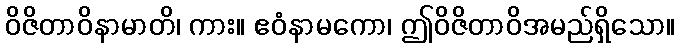
ဝိဇိတာဝိနာမာတိ၊ ကား။ ဧဝံနာမကော၊ ဤဝိဇိတာဝိအမည်ရှိသော။